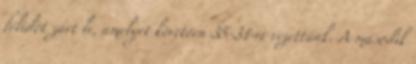
félidőt zárt le, amelyet követően 35-31-re vezettünk. A második